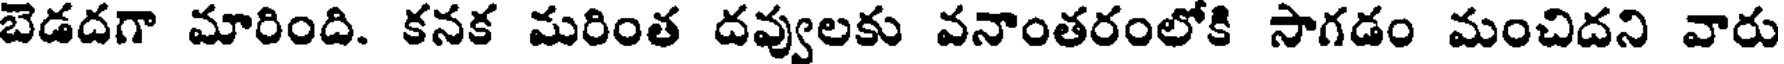
బెడదగా మారింది. కనక మరింత దవ్వులకు వనాంతరంలోకి సాగడం మంచిదని వారు